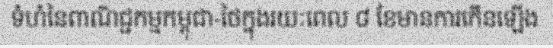
ទំហំនៃពាណិជ្ជកម្មកម្ពុជា-ថៃក្នុងរយៈពេល ៨ ខែមានការកើនឡើង